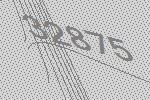
32875